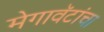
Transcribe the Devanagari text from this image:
मेगावॅटांचा